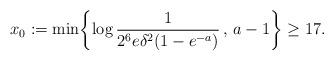
LaTeX: \begin{align*} x_0 := \min \biggl\{\log \frac{1}{2^6 e \delta^2 (1 - e^{-a})} \, , \, a-1\biggr\} \geq 17. \end{align*}